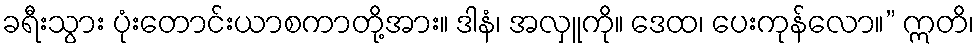
ခရီးသွား ပုံးတောင်းယာစကာတို့အား။ ဒါနံ၊ အလှူကို။ ဒေထ၊ ပေးကုန်လော။” ဣတိ၊